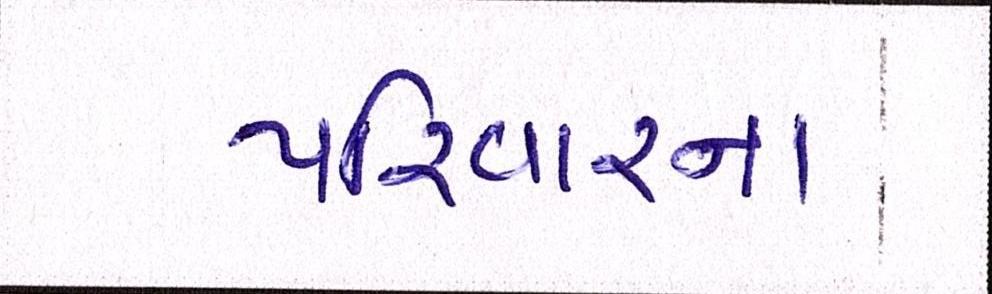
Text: પરિવારના